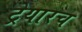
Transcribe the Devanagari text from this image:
ट्रेयारच